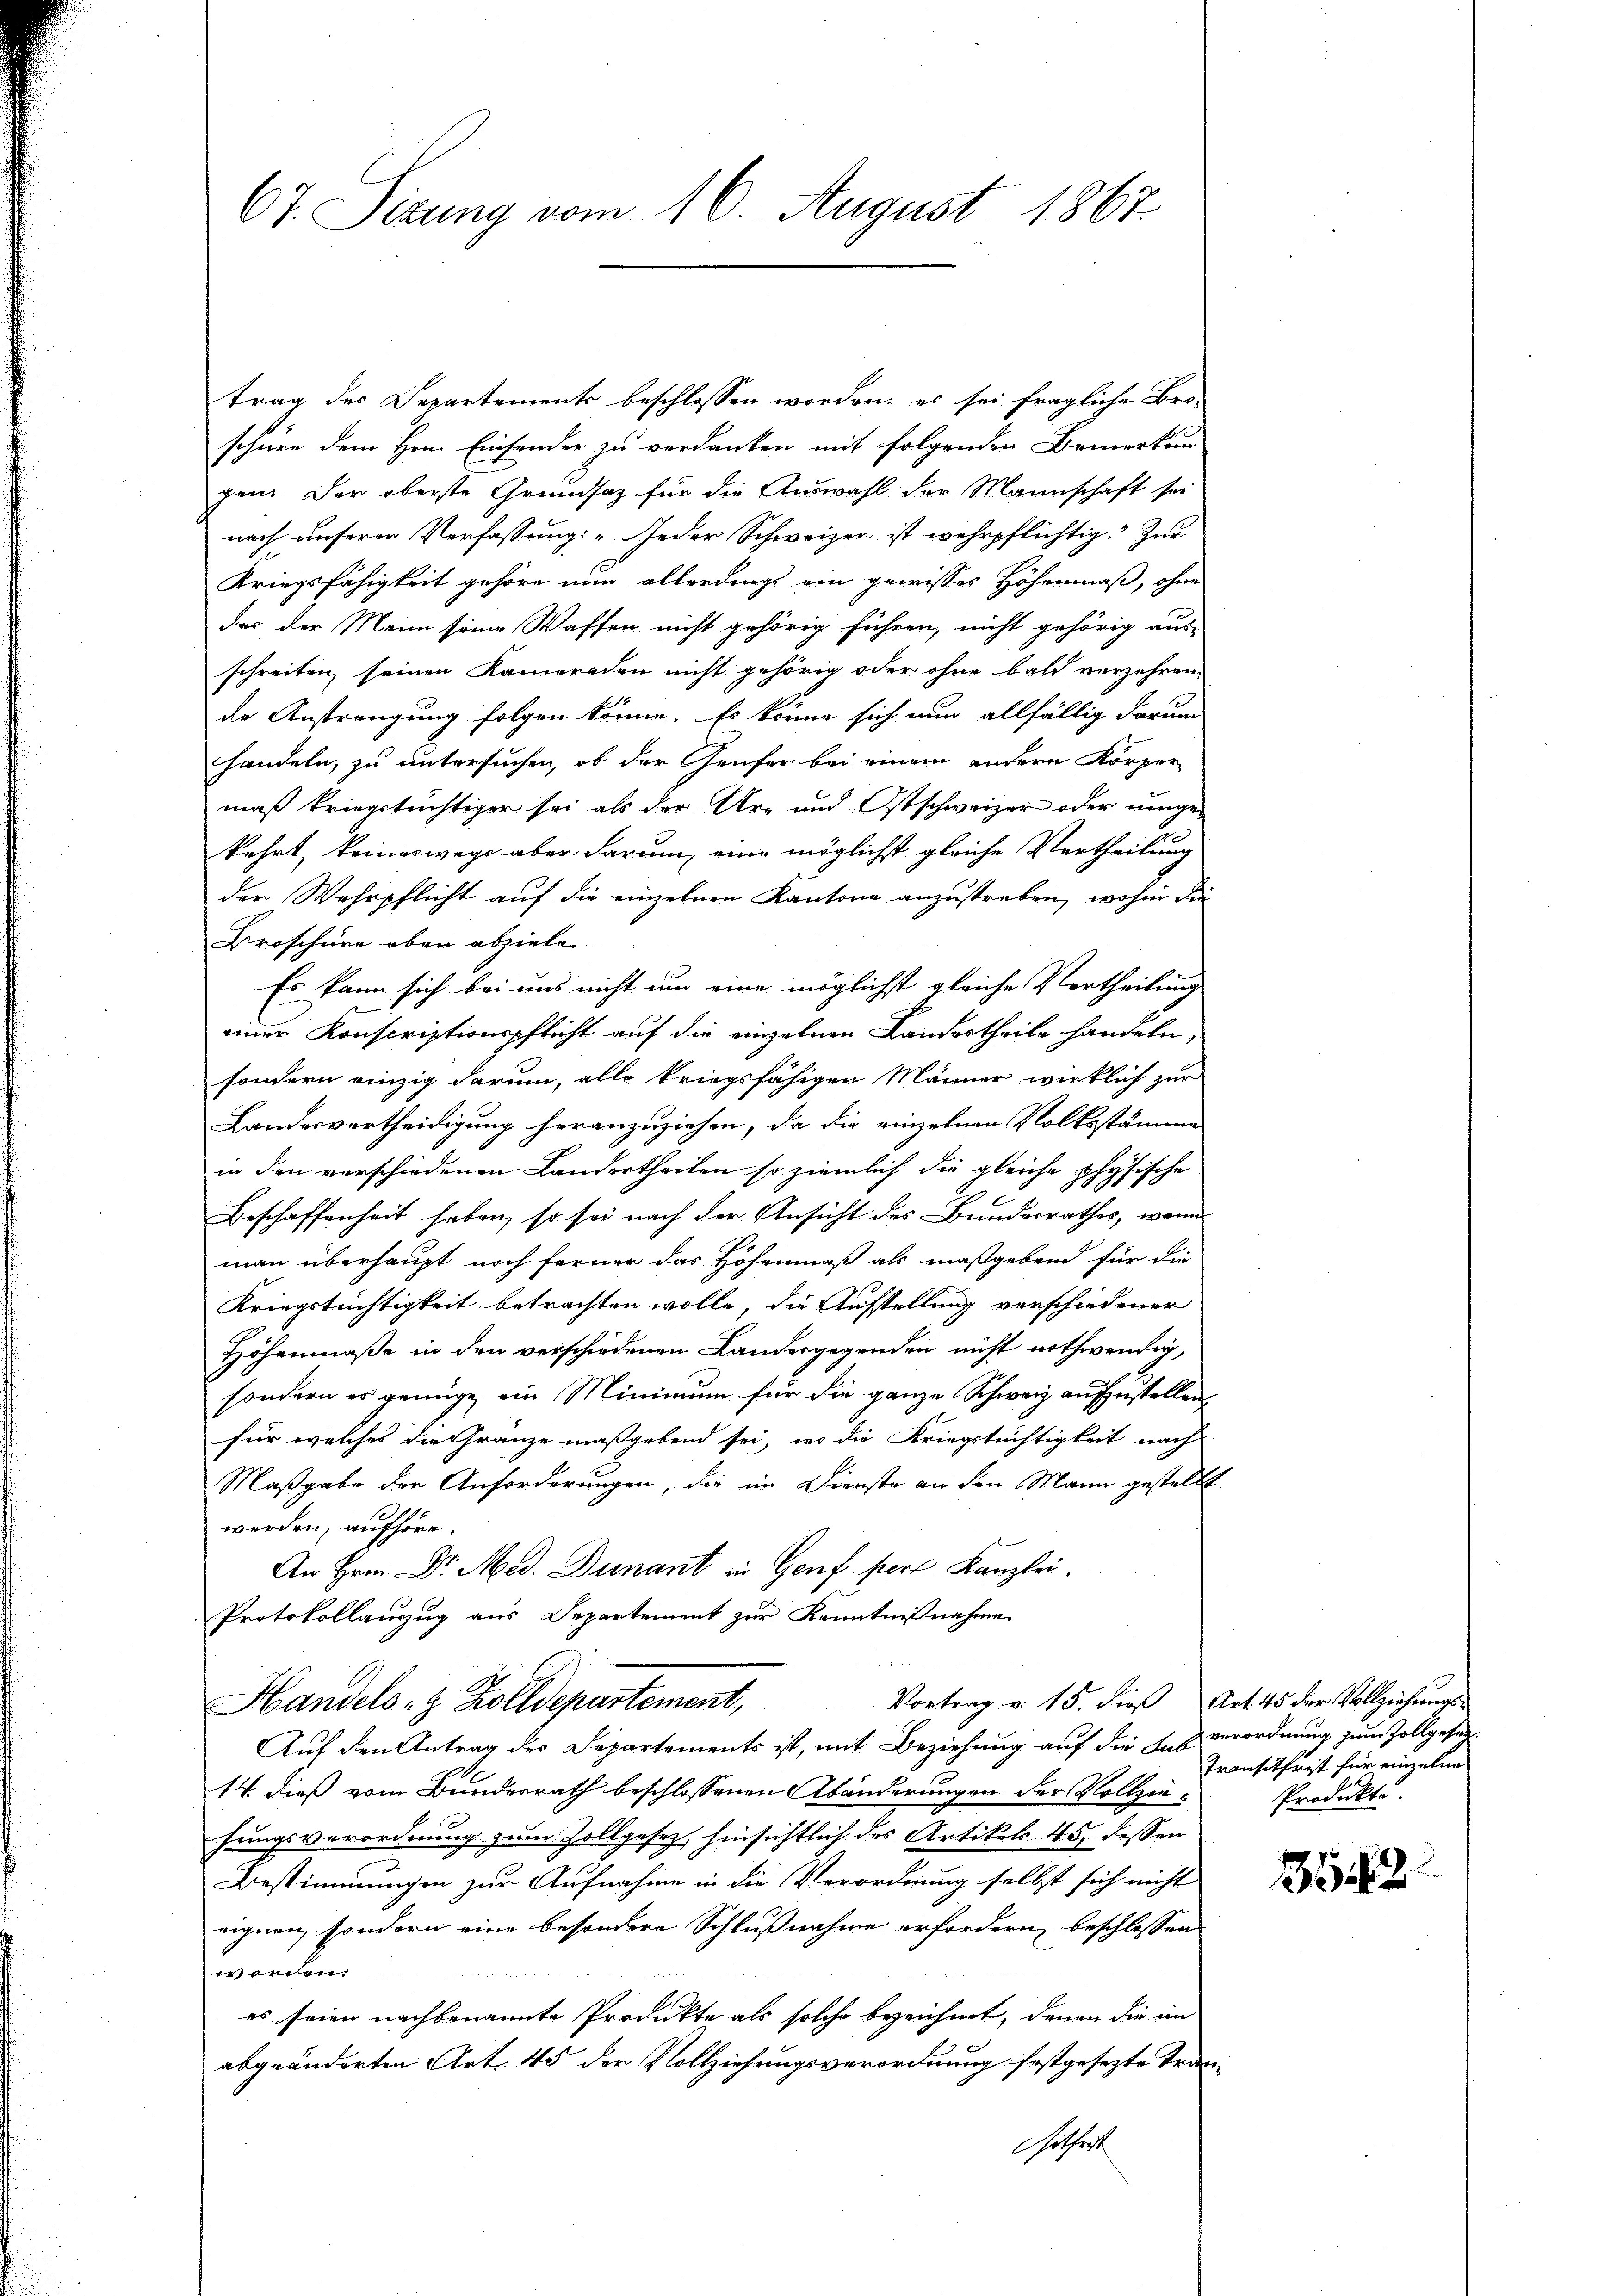
67. Sizung vom 16. August 1867.

trag des Departements beschlossen worden; es sei fragliche Bro-
schüre dem Hrn. Einsender zu verdanken mit folgenden Bemerkun
gen. Der oberste Grundsatz für die Auswahl der Mannschaft sei
nach unserer Verfassung: „Jeder Schweizer ist wehrpflichtig. Zur
Kriegsfähigkeit gehöre nun allerdings ein gewisses Höhenmaß, ohne
das der Main seine Waffen nicht gehörig führen, nicht gehörig aus-
schreiten, seinen Kameraden nicht gehörig oder ohne bald verzehren,
de Anstrengung folgen könne. Es könne sich nun allfällig darum
handeln, zu untersuchen, ob der Genfer bei einem andern Körper
mäß kriegstüchtiger sei als der Ur- und Ostschweizer oder unge-
kehrt, keineswegs aber darum, eine möglichst gleiche Vertheilung
der Wehrpflicht auf die einzelnen Kantone anzustreben, wohin die
Broschüre eben abziele.
Es kann sich bei uns nicht um eine möglichst gleiche Vertheilung
einer Konscriptionspflicht auf die einzelnen Landertheile handeln,
sondern einzig darum, alle kriegsfähigen Männer wirklich zur
Landesvertheidigung heranzuziehen, da die einzelnen Volksstämme
in den verschiedenen Landertheilen so ziemlich die gleiche physische
Beschaffenheit haben, so sei nach der Ansicht des Bundesrathes, wenn
man überhaupt noch ferner das Höhenmaß als maßgebend für die
Kriegstüchtigkeit betrachten wolle, die Aufstellung verschiedener
Höhenmaße in den verschiedenen Landesgegenden nicht nothwendig,
sondern es genüge ein Minimum für die ganze Schweiz aufzustellen,
für welches die Gränze maßgebend sei, wo die Kriegstüchtigkeit nach
Maßgabe der Anforderungen, die im Dienste an den Mann gestellt
werden, aufhöre.
An Hrn. Dr. Med. Dunant in Genf pers Kanzlei.
Protokollauszug aus Departement zur Kenntnißnahme
Vortrag v. 15. dieß Art. 45 der Vollziehungs-
Handels- & Zolldepartement,
Auf den Antrag des Departements ist, mit Beziehung auf die das verordnung zum Zollgeset¬
14. dieß vom Bundesrath beschlossenen Abänderungen der Vollziesungsverordnung zum Zollgesetz hinsichtlich des Artikels 45, dessen
Bestimmungen zur Aufnahme in die Verordnung selbst sich nicht
eignen, sondern eine besondere Schlußnahme erfordern, beschlossen
worden.
es seien nachbenannte Produkte als solche bezeichnet, denen die im
abgeänderten Art. 45 der Vollziehungsverordnung festgesezte Tedenhitheit

Transitfrist für einzelne
Produkte.

112